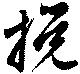
攪